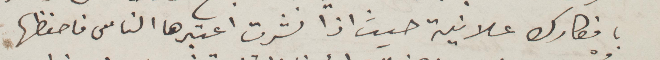
بافكارك علانية حيث اذا نشرت اعتبرها الناس فاحفظها